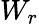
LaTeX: W_{r}